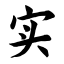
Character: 实